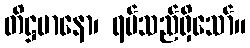
တိဋ္ဌမာနော၊ ရပ်သည်ရှိသော်။